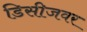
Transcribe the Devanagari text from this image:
डिसीजवर